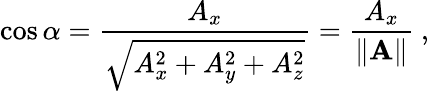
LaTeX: \cos\alpha={\frac{A_{x}}{\sqrt{A_{x}^{2}+A_{y}^{2}+A_{z}^{2}}}}={\frac{A_{x}}{\| \mathbf{A}\| }}\ ,